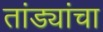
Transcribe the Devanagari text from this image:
तांड्यांचा